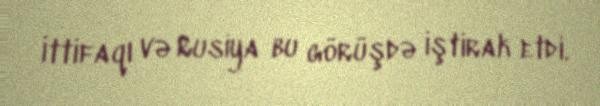
İttifaqı və Rusiya bu görüşdə iştirak etdi.